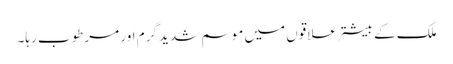
ملک کے بیشتر علاقوں میں موسم شدید گرم اور مرطوب رہا۔